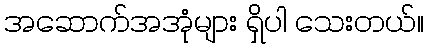
အဆောက်အအုံများ ရှိပါ သေးတယ်။